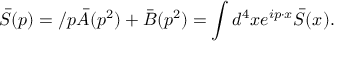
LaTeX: \bar { S } ( p ) = \slash p \bar { A } ( p ^ { 2 } ) + \bar { B } ( p ^ { 2 } ) = \int d ^ { 4 } x e ^ { i p \cdot x } \bar { S } ( x ) .